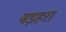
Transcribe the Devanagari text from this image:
बड़हरा